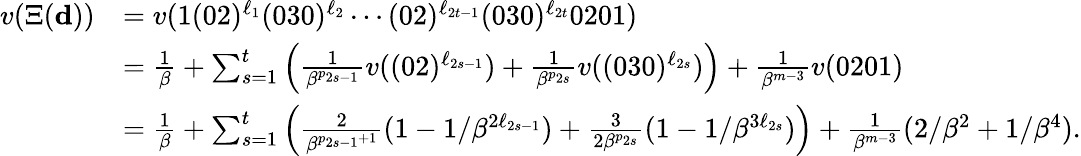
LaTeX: \begin{array}{rl}{v(\Xi(\mathbf d))}&{=v(1(02)^{\ell_{1}}(030)^{\ell_{2}}\cdots(02)^{\ell_{2t-1}}(030)^{\ell_{2t}}0201)}\\ &{=\frac 1\beta+\sum_{s=1}^{t}\left(\frac 1{\beta^{p_{2s-1}}}v((02)^{\ell_{2s-1}})+\frac 1{\beta^{p_{2s}}}v((030)^{\ell_{2s}})\right)+\frac 1{\beta^{m-3}}v(0201)}\\ &{=\frac 1\beta+\sum_{s=1}^{t}\left(\frac{2}{\beta^{p_{2s-1}+1}}(1-1/\beta^{2\ell_{2s-1}})+\frac 3{2\beta^{p_{2s}}}(1-1/\beta^{3\ell_{2s}})\right)+\frac 1{\beta^{m-3}}(2/\beta^{2}+1/\beta^{4}).}\end{array}